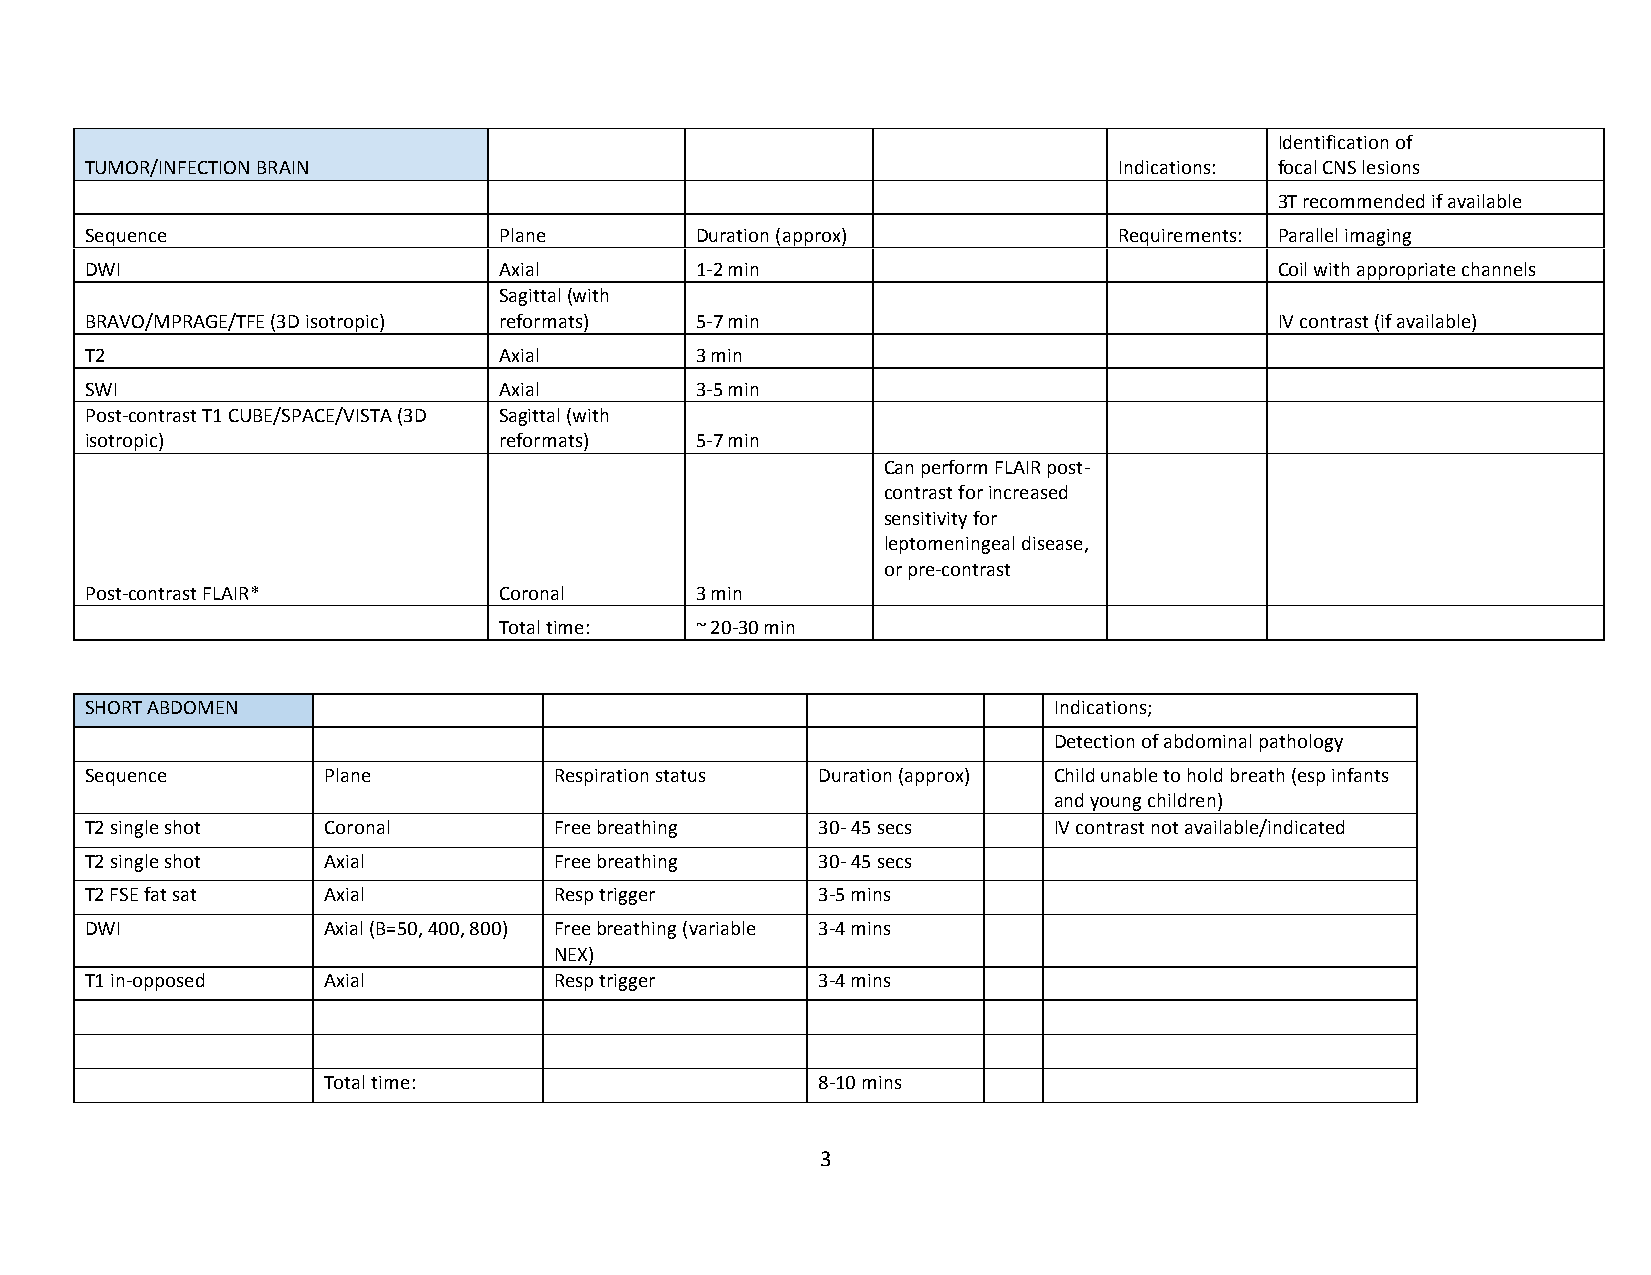
Identification of
 TUMOR/INFECTION BRAIN                                               Indications: focal CNS lesions
 3T recommended if available
 Sequence                   Plane        Duration (approx)           Requirements: Parallel imaging
 DWI                        Axial        1-2 min                                Coil with appropriate channels
 Sagittal (with
 BRAVO/MPRAGE/TFE (3D isotropic) reformats) 5-7 min                             IV contrast (if available)
 T2                         Axial        3 min
 SWI                        Axial        3-5 min
 Post-contrast T1 CUBE/SPACE/VISTA (3D Sagittal (with
 isotropic)                 reformats)   5-7 min
 Can perform FLAIR post-
 contrast for increased
 sensitivity for
 leptomeningeal disease,
 or pre-contrast
 Post-contrast FLAIR*       Coronal      3 min
 Total time:  ~ 20-30 min
 SHORT ABDOMEN                                                   Indications;
 Detection of abdominal pathology
 Sequence       Plane           Respiration status Duration (approx) Child unable to hold breath (esp infants
 and young children)
 T2 single shot Coronal         Free breathing   30- 45 secs     IV contrast not available/indicated
 T2 single shot Axial           Free breathing   30- 45 secs
 T2 FSE fat sat Axial           Resp trigger     3-5 mins
 DWI            Axial (B=50, 400, 800) Free breathing (variable 3-4 mins
 NEX)
 T1 in-opposed  Axial           Resp trigger     3-4 mins
 Total time:                      8-10 mins
 3